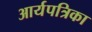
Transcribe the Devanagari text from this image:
आर्यपत्रिका